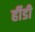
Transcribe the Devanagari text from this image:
र्हीडी